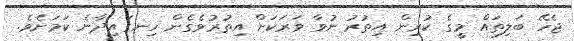
ޖެހޭ ބަލިތައް މީގެ ކުރިން އިތުރު ނުވާ ވަރަކަށް އިތުރުވެގެން ހިނގައިދާނެ ކަމަށެވެ.